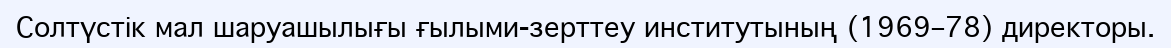
Солтүстік мал шаруашылығы ғылыми-зерттеу институтының (1969–78) директоры.